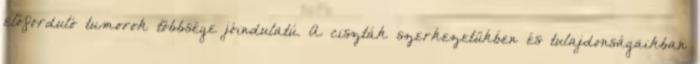
előforduló tumorok többsége jóindulatú. A ciszták szerkezetükben és tulajdonságaikban